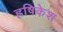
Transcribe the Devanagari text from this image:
ह्रषिकेश